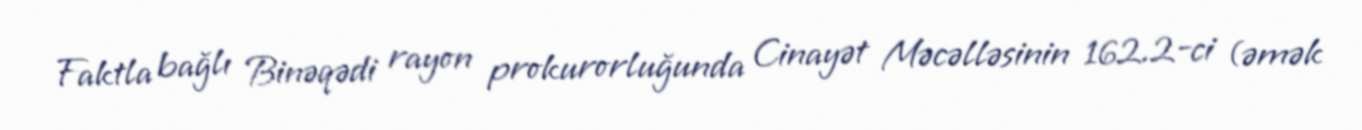
Faktla bağlı Binəqədi rayon prokurorluğunda Cinayət Məcəlləsinin 162.2-ci (əmək